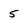
Character: 5